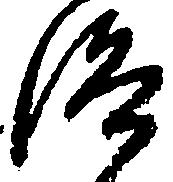
洛